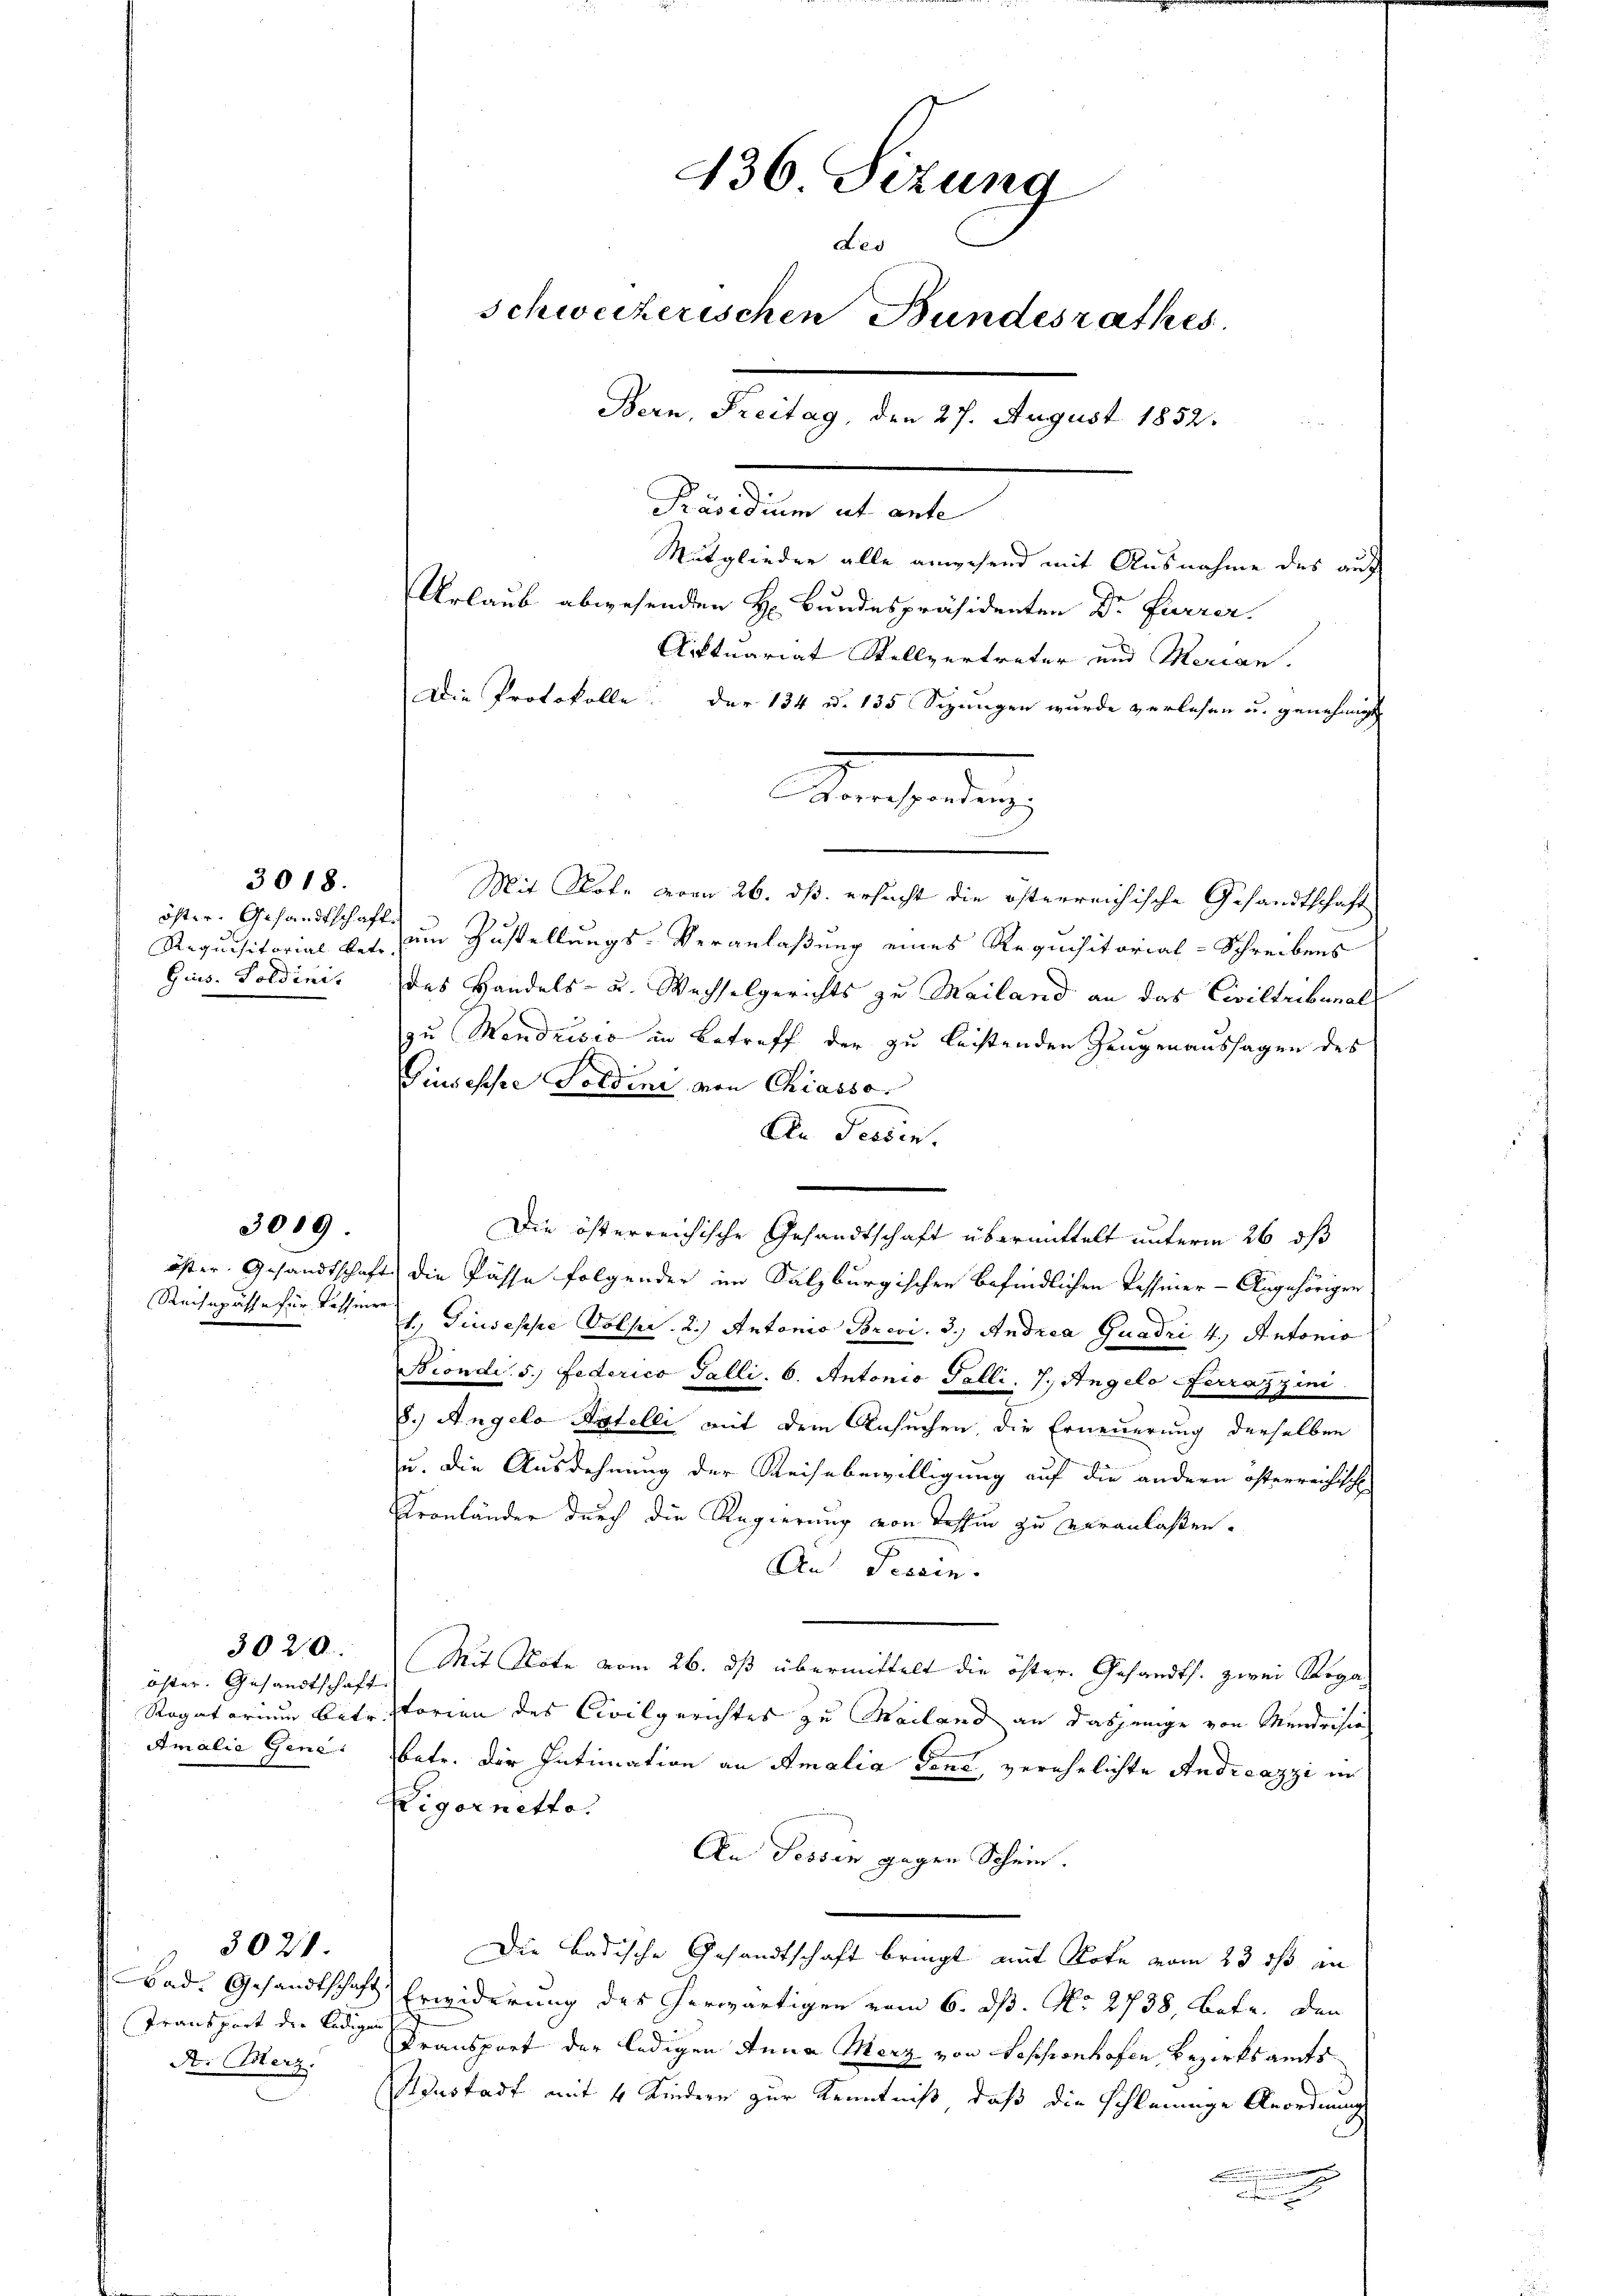
öster. Gesandtschaft
Gins. Soldinis

3018.

3009.

öster. Gesandtschaft
Amalie Gene

3020.

Bad. Gesandtschaft
Transport der ledigen
St. Merz.

3021.

Mitglieder alle anwesend mit Ausnahme des auf
Urlaub abwesenden H. Bundespräsidenten Dr Furrer.
Arttuariat Stellvertreter und Marian.
Die Protokolle. Der 134 d. 135 Sepungen wurde verlesen u. genehmigt
Mit Note veren 26. ds. ersucht die österreichische Gesandtschaft
Requisitorial ket, zum Zustellungs-Veranlaßung eines Requisitorial-Schreibens
des Handels- u. Wechselgerichts zu Mailand an das Civiltribunal
zu Mendrisio in Betreff der zu leistenden Zeugenaussagen des
Giuseppe Toldini, von Chiasso.
An Tessin.
Die österreichische Gesandtschaft übermittelt unterm 26 dß
öster. Gesandtschaft die Pässe folgender im Salzburgischen befindlichen Tessiner-Angehörigen
Reisepäthe für Letter h. Giuseppe Volser 2.) Antonio Brevi. 3.) Andrea quadri 4.) Antonio
Biondi. 5.) Federico Talli. 6. Antonio Falli, 7. Angelo Ferraszini
8.) Angelo stelli mit dem Ansuchen, die Erneuerung derselben
u. die Ausdehnung der Reisebewilligung auf die andern österreichische
Pronländer durch die Regierung von Tessin zu veranlaßen.
An Tessin.
Mit Note vom 26. dß übermittelt die öster. Gesandts. zwei Rega-
Tür¬
Rogatorium betr. storien des Civilgerichtes zu Mailand an dasjenige von Mendrision
batr. der Intimation an Amalia Tent, verehelichte Andreazzi in
Zigernetto
An Fessen gegen Schein.
Die badische Gesandtschaft bringt mit Rote vom 23 ist an
Erwiderung des herwärtigen vom 6. dß. No. 2738, Betr. den
Transport der ledigen Anna Merz von Sessionhofen Bezirksamts¬
Austadt mit 4 Kindern zur Kenntniß, daß die schleunige Anordnung
.

436 Sizung
Led
schweizerischen Bundesrathes.
Bern, Freitag, den 27. August 1852.
Präsidium ut ante

z
orrespondenz